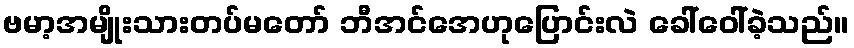
ဗမာ့အမျိုးသားတပ်မတော် ဘီအင်အေဟုပြောင်းလဲ ခေါ်ဝေါ်ခဲ့သည်။